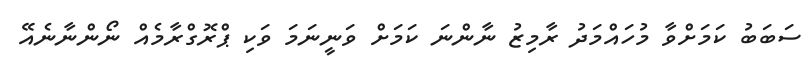
ސަބަބު ކަމަށްވާ މުހައްމަދު ރާމިޒު ނާންނަ ކަމަށް ވަނީނަމަ ވަކި ޕްރޮގްރާމެއް ނޯންނާނެއޭ